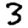
Digit: 3